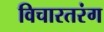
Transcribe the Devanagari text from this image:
विचारतरंग